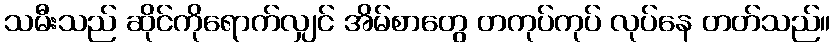
သမီးသည် ဆိုင်ကိုရောက်လျှင် အိမ်စာတွေ တကုပ်ကုပ် လုပ်နေ တတ်သည်။